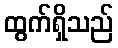
ထွက်ရှိသည်